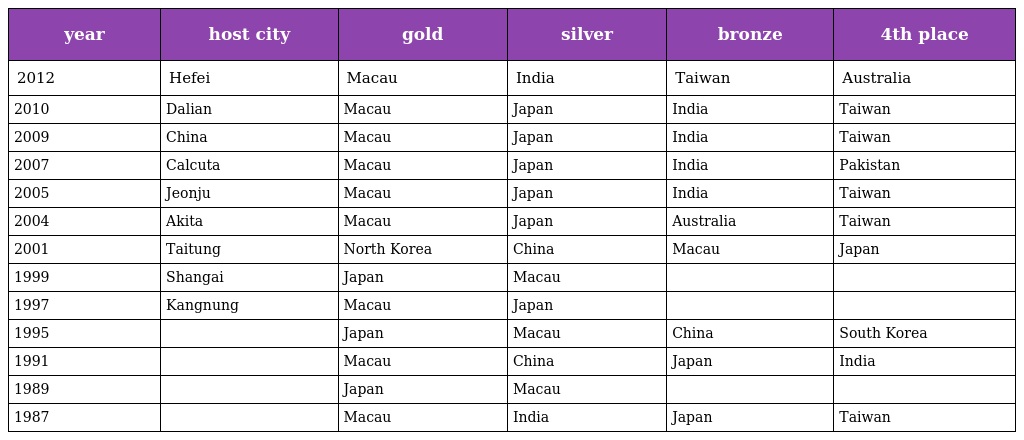
| year | host city | gold | silver | bronze | 4th place |
 | --- | --- | --- | --- | --- | --- |
 | 2012 | Hefei | Macau | India | Taiwan | Australia |
 | 2010 | Dalian | Macau | Japan | India | Taiwan |
 | 2009 | China | Macau | Japan | India | Taiwan |
 | 2007 | Calcuta | Macau | Japan | India | Pakistan |
 | 2005 | Jeonju | Macau | Japan | India | Taiwan |
 | 2004 | Akita | Macau | Japan | Australia | Taiwan |
 | 2001 | Taitung | North Korea | China | Macau | Japan |
 | 1999 | Shangai | Japan | Macau |  |  |
 | 1997 | Kangnung | Macau | Japan |  |  |
 | 1995 |  | Japan | Macau | China | South Korea |
 | 1991 |  | Macau | China | Japan | India |
 | 1989 |  | Japan | Macau |  |  |
 | 1987 |  | Macau | India | Japan | Taiwan |